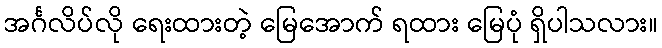
အင်္ဂလိပ်လို ရေးထားတဲ့ မြေအောက် ရထား မြေပုံ ရှိပါသလား။